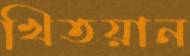
খিতয়ান